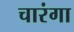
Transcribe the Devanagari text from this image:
चारंगा